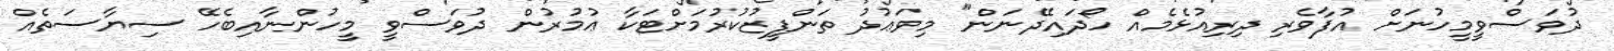
ދުވަސްވީމީހުނަށް އުފާވެރި ދިރިއުޅެމެއް ހޯދައިދޭނަން" މިވަޢުދު ތަންފީޒުކުރުމަށްޓަކާ ޢުމުރުން ދުވަސްވީ މީހުންނާއިބެހޭ ސިޔާސަތެއް